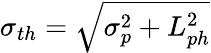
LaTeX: \sigma_{th}=\sqrt{\sigma_{p}^{2}+L_{ph}^{2}}